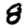
Digit: 8